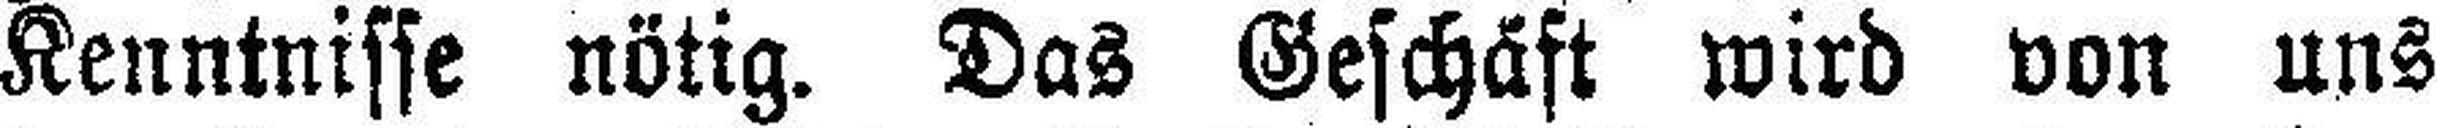
Kenntnisse nötig. Das Geschäft wird von uns